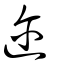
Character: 迩